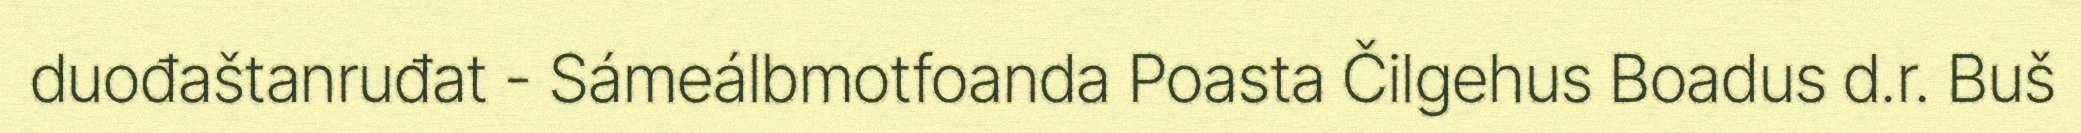
duođaštanruđat - Sámeálbmotfoanda Poasta Čilgehus Boadus d.r. Buš